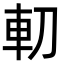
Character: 𠜥